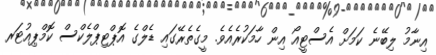
އިނާމު ލިބޭނެ ކަމަށް އެސްޓީއޯ އިން ހާމަކުރެއެވެ. މީގެތެރޭގައި ޑެލްގެ އޮޕްޓިޕްލެކްސް ކޮމްޕިއުޓަރ